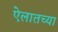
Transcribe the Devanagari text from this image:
ऐलातच्या